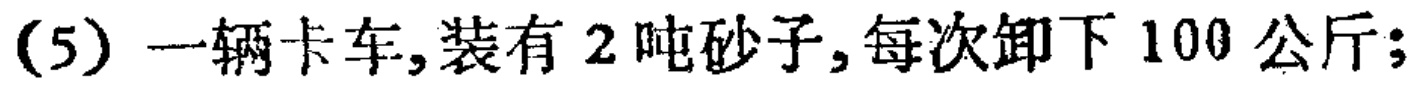
(5) 一辆卡车,装有 \(2\) 吨砂子,每次卸下 \(100\) 公斤;